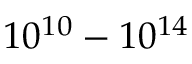
1 0 ^ { 1 0 } - 1 0 ^ { 1 4 }